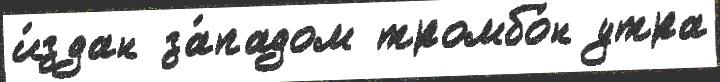
и́здан за́падом тромбо́н утра